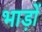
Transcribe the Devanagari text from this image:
भाड़ों